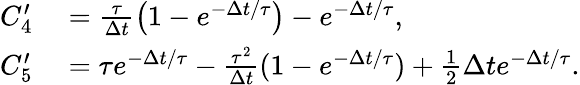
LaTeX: \begin{array}{rl}{C_{4}^{\prime}}&{{}=\frac{\tau}{\Delta t}\left(1-e^{-\Delta t/\tau}\right)-e^{-\Delta t/\tau},}\\ {C_{5}^{\prime}}&{{}=\tau e^{-\Delta t/\tau}-\frac{\tau^{2}}{\Delta t}(1-e^{-\Delta t/\tau})+\frac 12\Delta te^{-\Delta t/\tau}.}\end{array}